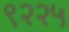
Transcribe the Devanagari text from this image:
९२२५